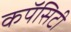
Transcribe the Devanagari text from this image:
कपॅसिटी